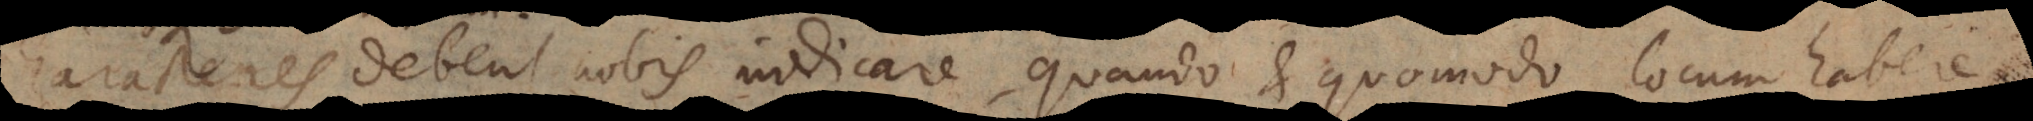
Characteres debent nobis indicare, quando et quomodo locum habere